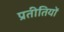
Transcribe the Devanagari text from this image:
प्रतीतियों